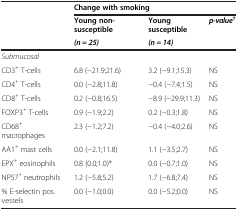
<table><thead><tr><td></td><td colspan="3"><b>Change with smoking</b></td></tr><tr><td></td><td><b>Young non-susceptible</b></td><td><b>Young susceptible</b></td><td rowspan="2"><b><i>p-value</i><sup>†</sup></b></td></tr><tr><td></td><td><b><i>(n = 25)</i></b></td><td><b><i>(n = 14)</i></b></td></tr></thead><tbody><tr><td><i>Submucosal</i></td><td></td><td></td><td></td></tr><tr><td>CD3<sup>+</sup> T-cells</td><td>6.8 (−21.9;21.6)</td><td>3.2 (−9.1;15.3)</td><td>NS</td></tr><tr><td>CD4<sup>+</sup> T-cells</td><td>0.0 (−2.8;11.8)</td><td>−0.4 (−7.4;1.5)</td><td>NS</td></tr><tr><td>CD8<sup>+</sup> T-cells</td><td>0.2 (−0.8;16.5)</td><td>−8.9 (−29.9;11.3)</td><td>NS</td></tr><tr><td>FOXP3<sup>+</sup> T-cells</td><td>0.9 (−1.9;2.2)</td><td>0.2 (−0.3;1.8)</td><td>NS</td></tr><tr><td>CD68<sup>+</sup> macrophages</td><td>2.3 (−1.2;7.2)</td><td>−0.4 (−4.0;2.6)</td><td>NS</td></tr><tr><td>AA1<sup>+</sup> mast cells</td><td>0.0 (−2.1;11.8)</td><td>1.1 (−3.5;2.7)</td><td>NS</td></tr><tr><td>EPX<sup>+</sup> eosinophils</td><td>0.8 (0.0;1.0)*</td><td>0.0 (−0.7;1.0)</td><td>NS</td></tr><tr><td>NP57<sup>+</sup> neutrophils</td><td>1.2 (−5.8;5.2)</td><td>1.7 (−6.8;7.4)</td><td>NS</td></tr><tr><td>% E-selectin pos. vessels</td><td>0.0 (−1.0;0.0)</td><td>0.0 (−5.2;0.0)</td><td>NS</td></tr></tbody></table>